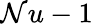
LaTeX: \mathcal{N}u-1